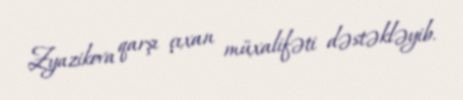
Zyazikova qarşı çıxan müxalifəti dəstəkləyib.